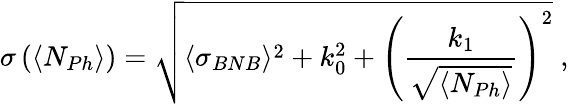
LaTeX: \sigma\left(\langle N_{Ph}\rangle\right)=\sqrt{\langle\sigma_{BNB}\rangle^{2}+k_{0}^{2}+\left(\frac{k_{1}}{\sqrt{\langle N_{Ph}\rangle}}\right)^{2}}\mathrm{~,~}